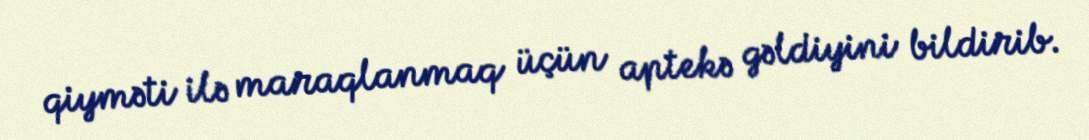
qiyməti ilə maraqlanmaq üçün aptekə gəldiyini bildirib.